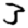
Digit: 3